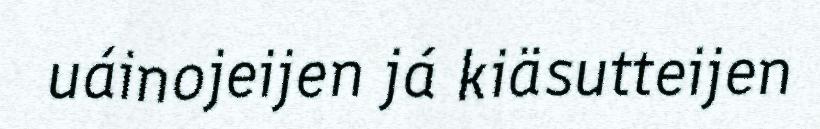
uáinojeijen já kiäsutteijen